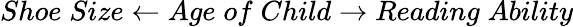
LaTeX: Shoe\; Size\leftarrow Age\; of\; Child\rightarrow Reading\; Ability